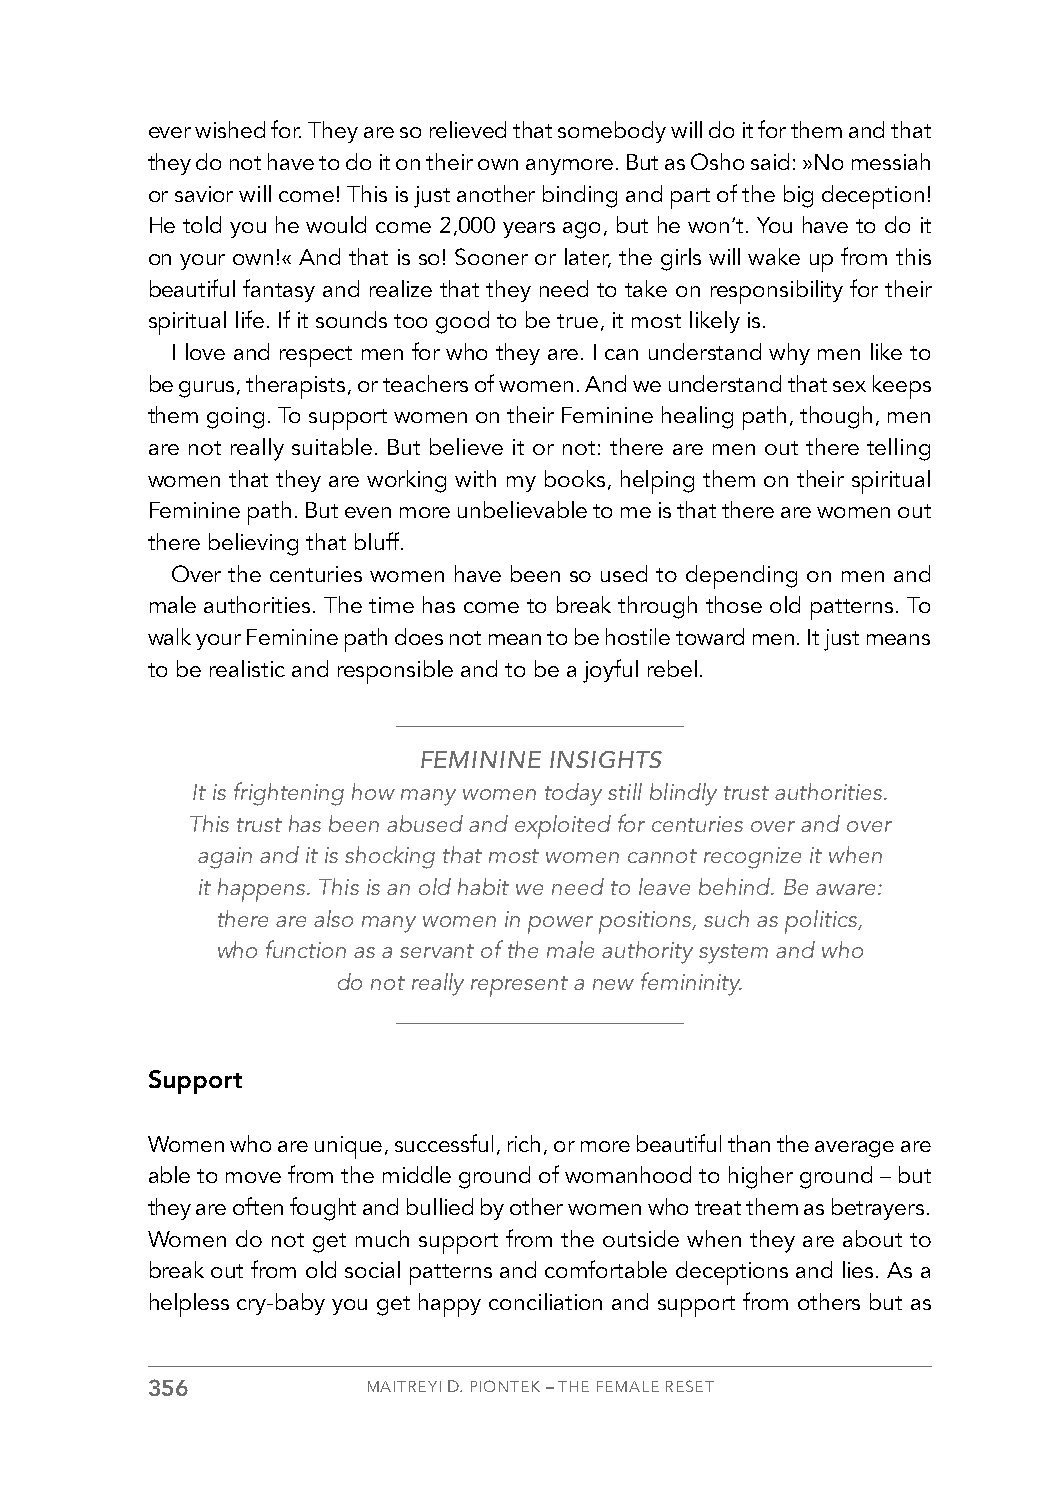
ever wished for. They are so relieved that somebody will do it for them and that
 they do not have to do it on their own anymore. But as Osho said: »No messiah
 or savior will come! This is just another binding and part of the big deception!
 He told you he would come 2,000 years ago, but he won’t. You have to do it
 on your own!« And that is so! Sooner or later, the girls will wake up from this
 beautiful fantasy and realize that they need to take on responsibility for their
 spiritual life. If it sounds too good to be true, it most likely is.
 I love and respect men for who they are. I can understand why men like to
 be gurus, therapists, or teachers of women. And we understand that sex keeps
 them going. To support women on their Feminine healing path, though, men
 are not really suitable. But believe it or not: there are men out there telling
 women that they are working with my books, helping them on their spiritual
 Feminine path. But even more unbelievable to me is that there are women out
 there believing that bluff.
 Over the centuries women have been so used to depending on men and
 male authorities. The time has come to break through those old patterns. To
 walk your Feminine path does not mean to be hostile toward men. It just means
 to be realistic and responsible and to be a joyful rebel.
 FEMININE INSIGHTS
 It is frightening how many women today still blindly trust authorities.
 This trust has been abused and exploited for centuries over and over
 again and it is shocking that most women cannot recognize it when
 it happens. This is an old habit we need to leave behind. Be aware:
 there are also many women in power positions, such as politics,
 who function as a servant of the male authority system and who
 do not really represent a new femininity.
 Support
 Women who are unique, successful, rich, or more beautiful than the average are
 able to move from the middle ground of womanhood to higher ground – but
 they are often fought and bullied by other women who treat them as betrayers.
 Women do not get much support from the outside when they are about to
 break out from old social patterns and comfortable deceptions and lies. As a
 helpless cry-baby you get happy conciliation and support from others but as
 356           MAITREYI D. PIONTEK – THE FEMALE RESET